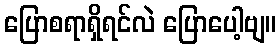
ပြောစရာရှိရင်လဲ ပြောပေါ့ဗျ။